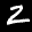
Label: 2